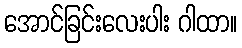
အောင်ခြင်းလေးပါး ဂါထာ။